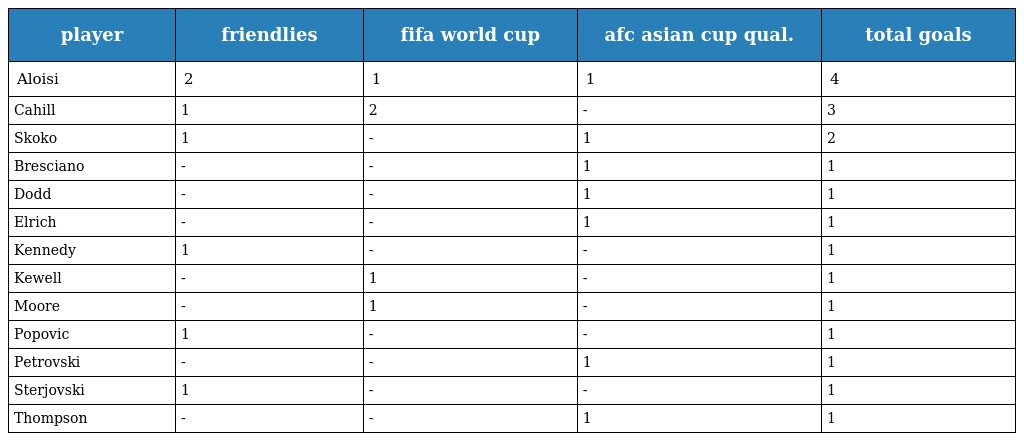
| player | friendlies | fifa world cup | afc asian cup qual. | total goals |
 | --- | --- | --- | --- | --- |
 | Aloisi | 2 | 1 | 1 | 4 |
 | Cahill | 1 | 2 | - | 3 |
 | Skoko | 1 | - | 1 | 2 |
 | Bresciano | - | - | 1 | 1 |
 | Dodd | - | - | 1 | 1 |
 | Elrich | - | - | 1 | 1 |
 | Kennedy | 1 | - | - | 1 |
 | Kewell | - | 1 | - | 1 |
 | Moore | - | 1 | - | 1 |
 | Popovic | 1 | - | - | 1 |
 | Petrovski | - | - | 1 | 1 |
 | Sterjovski | 1 | - | - | 1 |
 | Thompson | - | - | 1 | 1 |